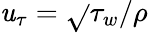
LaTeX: \mathit{u}_{\tau}=\sqrt{}{{\tau_{w}/\rho}}